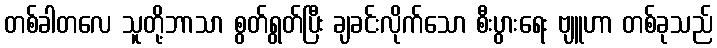
တစ်ခါတလေ သူတို့ဘာသာ စွတ်ရွတ်ပြီး ချခင်းလိုက်သော စီးပွားရေး ဗျူဟာ တစ်ခုသည်